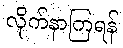
လိုက်နာကြရန်